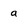
Character: a